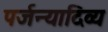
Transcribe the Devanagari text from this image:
पर्जन्यादिव्य